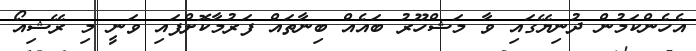
އެހެންކަމުން ދުނިޔޭގައި ވާ މަޝްހޫރު ބައެއް ބިނާތައް ފަރުމާކޮށްފައި ވަނީ މި ރޭޝިއޯ